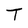
Character: T